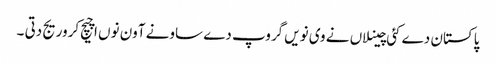
پاکستان دے کئی چینلاں نے وی نویں گروپ دے ساونے آون نوں اچیچ کروریج دتی ۔